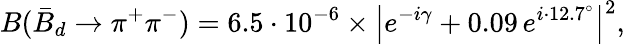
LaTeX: B(\bar{B}_{d}\to\pi^{+}\pi^{-})=6.5\cdot 10^{-6}\times\left|e^{-i\gamma}+0.09\, e^{i\cdot 12.7^{\circ}}\right|^{2},